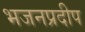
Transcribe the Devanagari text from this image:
भजनप्रदीप